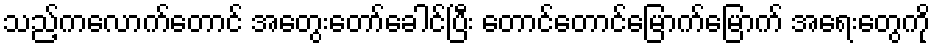
သည့်ကလောက်တောင် အတွေးတော်ခေါင်ပြီး တောင်တောင်မြောက်မြောက် အရေးတွေကို